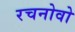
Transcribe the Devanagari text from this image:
रचनोवो